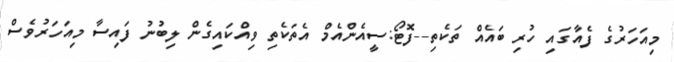
މިއަހަރުގެ ފެއާގައި ހުރި ބައެއް ތަކެތި--ފޮޓޯ:ސީއެންއެމް އެތަކެތި ވިއްކައިގެން ލިބުނު ފައިސާ މިއަހަރުވެސް